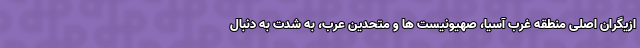
ازیگران اصلی منطقه غرب آسیا، صهیونیست ها و متحدین عرب، به شدت به دنبال